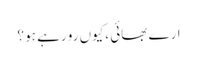
ارے بھائی ،کیوں رو رہے ہو ؟